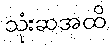
သုံးဆအထိ